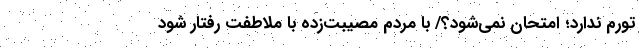
تورم ندارد؛ امتحان نمی‌شود؟/ با مردم مصیبت‌زده با ملاطفت رفتار شود